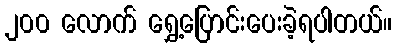
၂၀၀ လောက် ရွှေ့ပြောင်းပေးခဲ့ရပါတယ်။